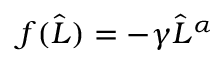
f ( \widehat { L } ) = - \gamma \widehat { L } ^ { \alpha }